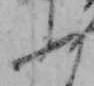
ふ